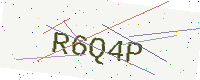
Text: R6Q4P